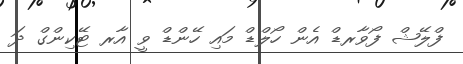
ފްލޭޝް ފޯވާރޑް އެން ހޯލްޑް މައި ހޭންޑް ވީ އާރ ޓޭކިންގް ދަ